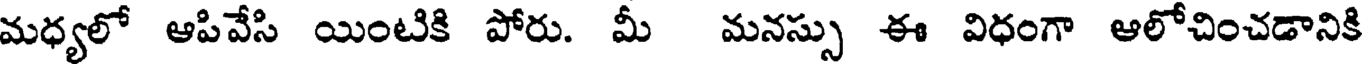
మధ్యలో ఆపివేసి యింటికి పోరు. మీ మనస్సు ఈ విధంగా ఆలోచించడానికి